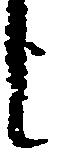
し